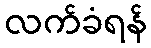
လက်ခံရန်